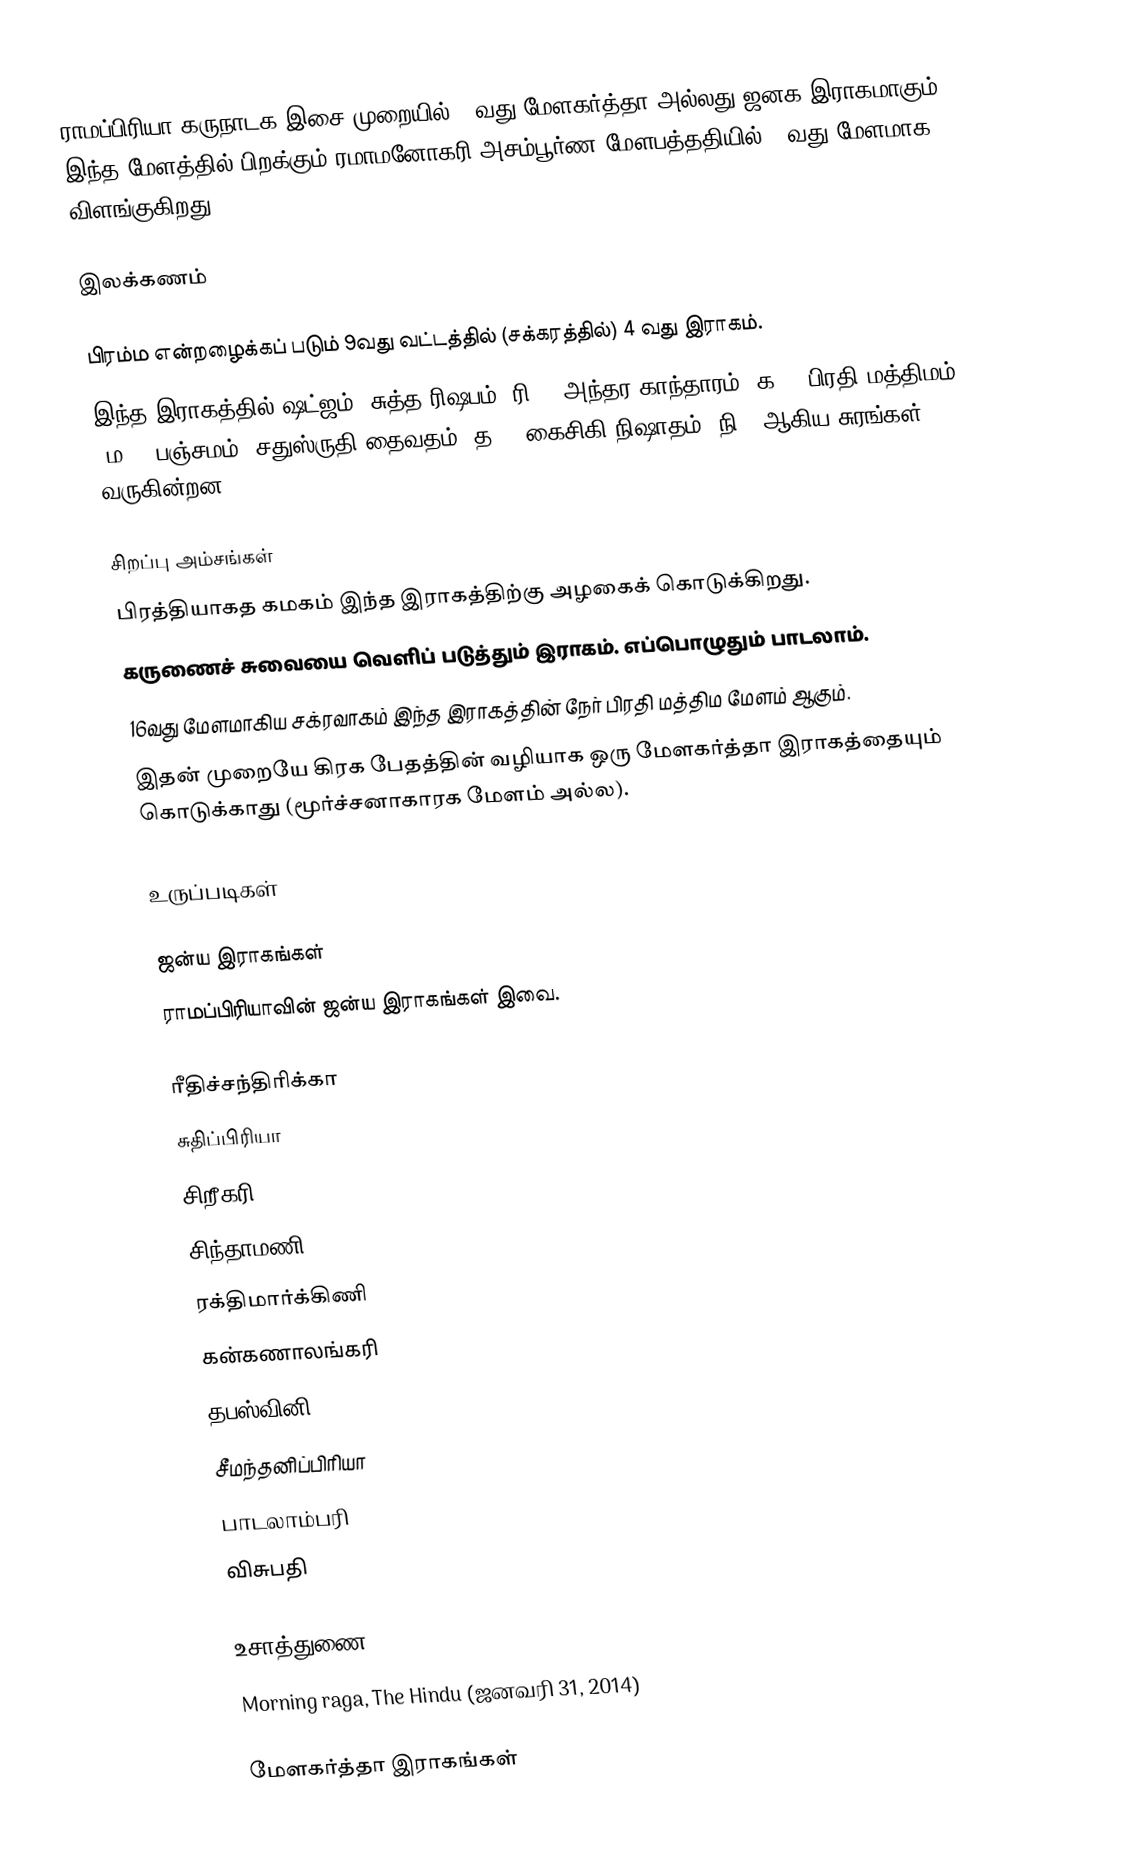
ராமப்பிரியா கருநாடக இசை முறையில் 52வது மேளகர்த்தா அல்லது ஜனக இராகமாகும். இந்த மேளத்தில் பிறக்கும் ரமாமனோகரி அசம்பூர்ண மேளபத்ததியில் 52வது மேளமாக விளங்குகிறது.

இலக்கணம்

 பிரம்ம என்றழைக்கப் படும் 9வது வட்டத்தில் (சக்கரத்தில்) 4 வது இராகம்.
 இந்த இராகத்தில் ஷட்ஜம், சுத்த ரிஷபம் (ரி1), அந்தர காந்தாரம் (க3), பிரதி மத்திமம் (ம2), பஞ்சமம், சதுஸ்ருதி தைவதம் (த2), கைசிகி நிஷாதம் (நி2) ஆகிய சுரங்கள் வருகின்றன.

சிறப்பு அம்சங்கள்
 பிரத்தியாகத கமகம் இந்த இராகத்திற்கு அழகைக் கொடுக்கிறது.
 கருணைச் சுவையை வெளிப் படுத்தும் இராகம். எப்பொழுதும் பாடலாம்.
 16வது மேளமாகிய சக்ரவாகம் இந்த இராகத்தின் நேர் பிரதி மத்திம மேளம் ஆகும்.
 இதன் முறையே கிரக பேதத்தின் வழியாக ஒரு மேளகர்த்தா இராகத்தையும் கொடுக்காது (மூர்ச்சனாகாரக மேளம் அல்ல).

உருப்படிகள்

ஜன்ய இராகங்கள்
ராமப்பிரியாவின் ஜன்ய இராகங்கள் இவை.

 ரீதிச்சந்திரிக்கா
 சுதிப்பிரியா
 சிறீகரி
 சிந்தாமணி
 ரக்திமார்க்கிணி
 கன்கணாலங்கரி
 தபஸ்வினி
 சீமந்தனிப்பிரியா
 பாடலாம்பரி
 விசுபதி

உசாத்துணை
 Morning raga, The Hindu (ஜனவரி 31, 2014)

மேளகர்த்தா இராகங்கள்